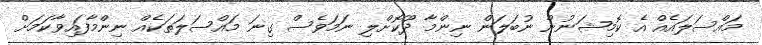
މައްސަލައެއް އެ ކޮމިޝަނުން ނުބަލަން ނިންމާ ދޫކޮށްލި ނަމަވެސް ގިނަ މައްސަލަތަކެއް ނިންމާފައިވާކަމަށް